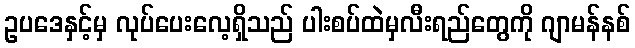
ဥပဒေနှင့်မှ လုပ်ပေးလေ့ရှိသည် ပါးစပ်ထဲမှလီးရည်တွေကို ဂျာမန်နစ်